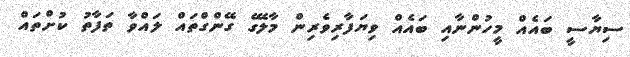
ސިޔާސީ ބައެއް މީހުންނާއި ބައެއް ވިޔަފާރިވެރިން މާލޭގެ ގޭންގްތައް ލައްވާ ތަފާތު ކުށްތައް